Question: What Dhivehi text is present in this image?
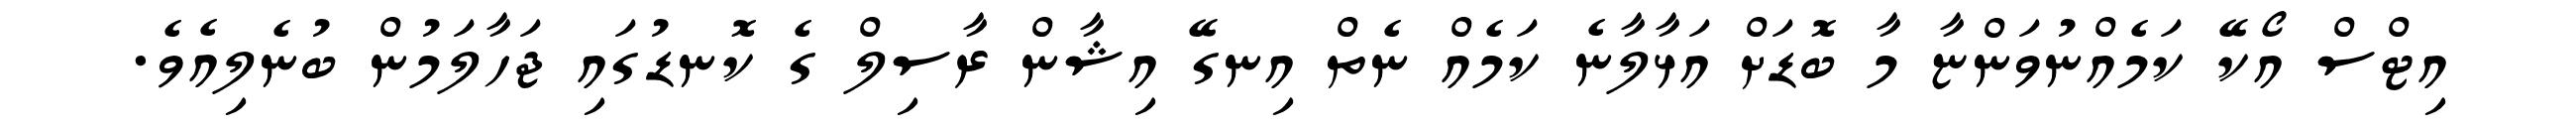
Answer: އިޓްސް އޯކޭ ކަމެއްނުވަންޏާ މާ ބޮޑަށް އަޅާލާނެ ކަމެއް ނެތް އިނގޭ އިޝާން ރާސިލް ގެ ކޮނޑުގައި ޖަހާލަމުން ބުނެލިއެވެ.